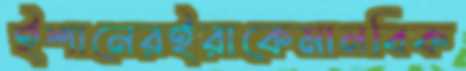
ইশানেরইরাকেমানবিক